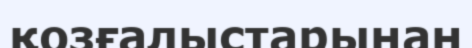
қозғалыстарынан